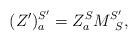
LaTeX: \begin{align*}(Z')_a^{S'} = Z^{S}_a M_{\;\;S}^{S'},\end{align*}